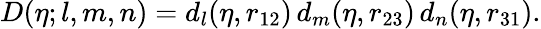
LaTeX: D(\eta;l,m,n)=d_{l}(\eta,r_{12})\, d_{m}(\eta,r_{23})\, d_{n}(\eta,r_{31}).